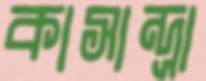
কাসান্দ্রা